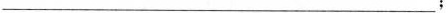
___